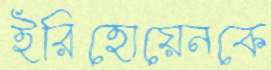
ইরিহোয়েনকে